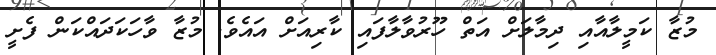
މުޒާ ކަމީލާއާއި ދިމާލަށް އަތް ހޫރުވާލާފައި ކާރިއަށް އައެވެ. މުޒާ ވާހަކަދައްކަން ފެށީ